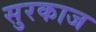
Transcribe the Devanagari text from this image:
सुरकाज